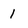
Character: 1